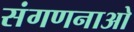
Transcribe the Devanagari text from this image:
संगणनाओ